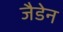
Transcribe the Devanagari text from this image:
जैडेन